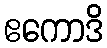
ဧကောဒိ